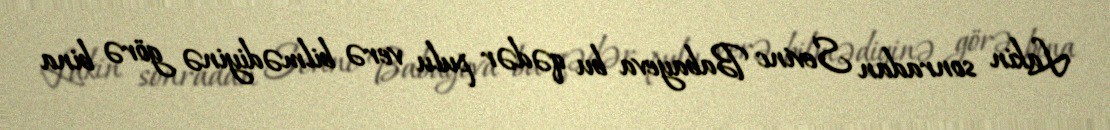
Lakin sonradan Sevinc Babayeva bu qədər pulu verə bilmədiyinə görə bina